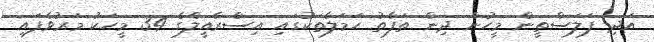
އަދި ފަލަސްތީން މީހުން ދިން ތަފާތު ހަމަލާތަކުގައި އިސްރާއީލްގެ 34 މީހަކު މަރުވެފައި